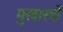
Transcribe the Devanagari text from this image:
मुखास्त्रों